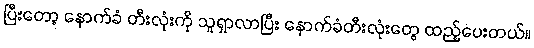
ပြီးတော့ နောက်ခံ တီးလုံးကို သူရှာလာပြီး နောက်ခံတီးလုံးတွေ ထည့်ပေးတယ်။